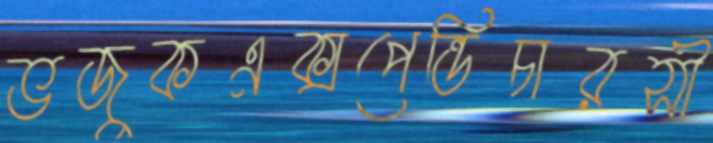
ভজুকএক্সপেন্ডিচারসী